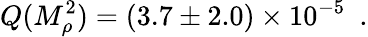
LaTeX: Q(M_{\rho}^{2})=(3.7\pm 2.0)\times 10^{-5}\ \ .